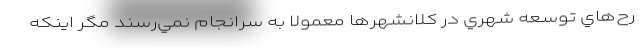
رح‌هاي توسعه شهري در كلانشهرها معمولا به سرانجام نمي‌رسند مگر اينكه